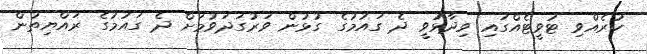
ކުރެއްވި ޓުވީޓެއްގައި ވިދާޅުވީ ދެ ގައުމުގެ ގުޅުން ވަރުގަދަވުމަށް ދެ ގައުމުގެ ރައްޔިތުން